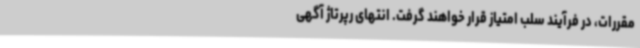
مقررات، در فرآیند سلب امتیاز قرار خواهند گرفت. انتهای رپرتاژ آگهی